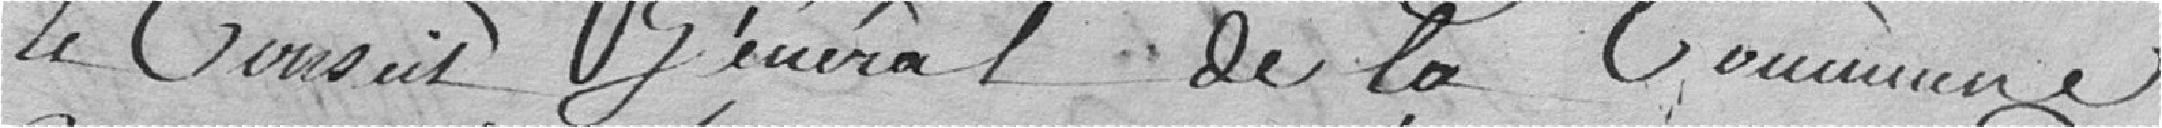
Le Conseil Général de la commune